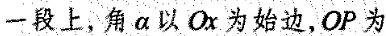
一段上，角α以Ox为始边，OP为